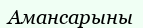
Амансарыны